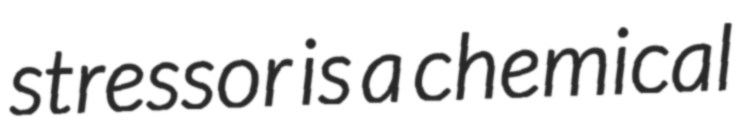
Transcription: stressor is a chemical